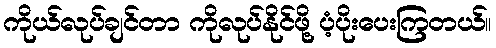
ကိုယ်လုပ်ချင်တာ ကိုလုပ်နိုင်ဖို့ ပံ့ပိုးပေးကြတယ်။